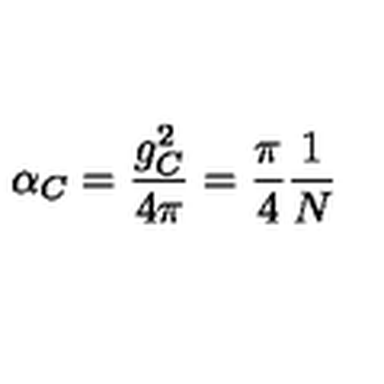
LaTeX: \alpha _ { C } = { \frac { g _ { C } ^ { 2 } } { 4 \pi } } = { \frac { \pi } { 4 } } { \frac { 1 } { N } }